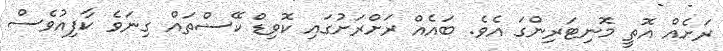
ރަށެއް އޮތީ މޮނިޓަރިންގަ އެވެ. ބައެއް ރަށްރަށުގައި ކޮވިޑް ކޭސްތައް ގިނަވެ ކާފިއުވެސް